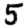
Digit: 5